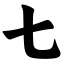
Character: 七